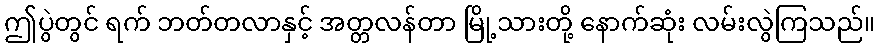
ဤပွဲတွင် ရက် ဘတ်တလာနှင့် အတ္တလန်တာ မြို့သားတို့ နောက်ဆုံး လမ်းလွဲကြသည်။